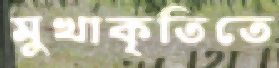
মুখাকৃতিতে